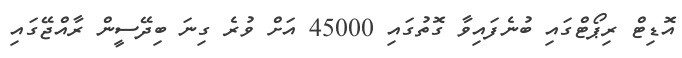
އޮޑިޓް ރިޕޯޓްގައި ބުނެފައިވާ ގޮތުގައި 45000 އަށް ވުރެ ގިނަ ބިދޭސީން ރާއްޖޭގައި